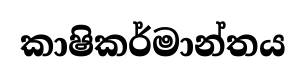
කාෂිකර්මාන්තය